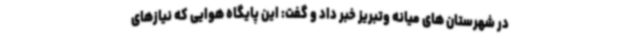
در شهرستان های میانه وتبریز خبر داد و گفت: این پایگاه هوایی که نیازهای